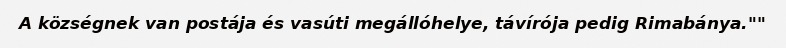
A községnek van postája és vasúti megállóhelye, távírója pedig Rimabánya.""